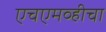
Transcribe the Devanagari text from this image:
एचएमव्हीचा